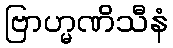
ဗြာဟ္မဏိသီနံ